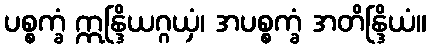
ပစ္စက္ခံ ဣန္ဒြိယဂ္ဂယှံ၊ အပစ္စက္ခံ အတိန္ဒြိယံ။